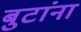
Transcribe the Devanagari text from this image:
बुटांना